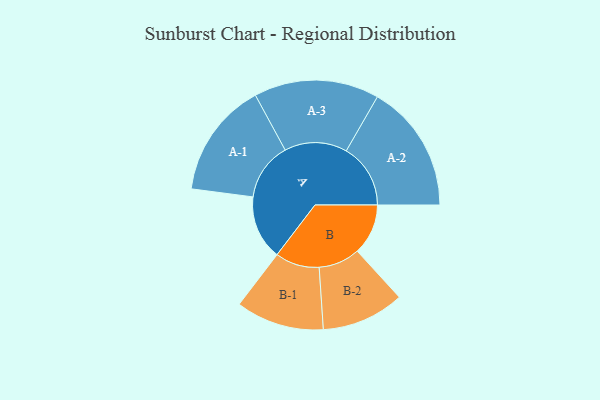
{"axis": {"x": "Segment", "y": "Value"}, "legend": ["", "A", "B"], "data": [{"x": "A", "y": 230, "type": ""}, {"x": "B", "y": 182, "type": ""}, {"x": "A-1", "y": 207, "type": "A"}, {"x": "A-2", "y": 230, "type": "A"}, {"x": "A-3", "y": 224, "type": "A"}, {"x": "B-1", "y": 158, "type": "B"}, {"x": "B-2", "y": 148, "type": "B"}]}